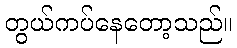
တွယ်ကပ်နေတော့သည်။